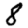
Digit: 8